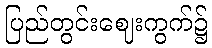
ပြည်တွင်းဈေးကွက်၌